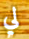
لي